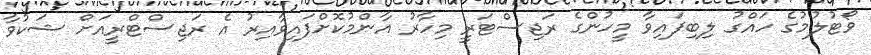
ވޯޓުލުމުގެ ހައްގު ލިބިފައިވާ މީހުންގެ ރަޖިސްޓަރީ މިހާރު އާންމުކޮށްފައިވާއިރު އެ ރަޖިސްޓްރީއަށް ޝަކުވާ